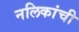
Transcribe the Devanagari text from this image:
नलिकांची